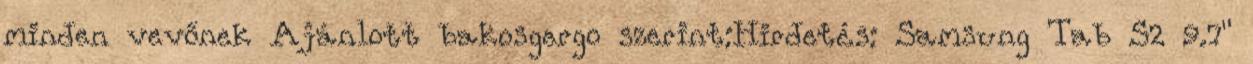
minden vevőnek Ajánlott bakosgergo szerint:Hirdetés: Samsung Tab S2 9.7"